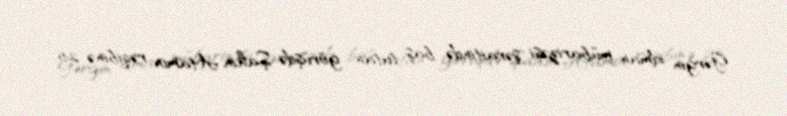
Gərgin idman mübarizəsi şəraitində baş tutan görüşdə Şahin Atamov rəqibinə 2:5